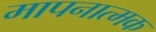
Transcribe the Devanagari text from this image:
मापनात्मक